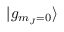
| g _ { m _ { J } = 0 } \rangle